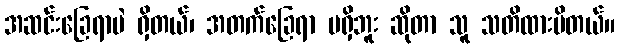
အဆင်းခြေရာပဲ ရှိတယ်၊ အတက်ခြေရာ မရှိဘူး ဆိုတာ သူ သတိထားမိတယ်။